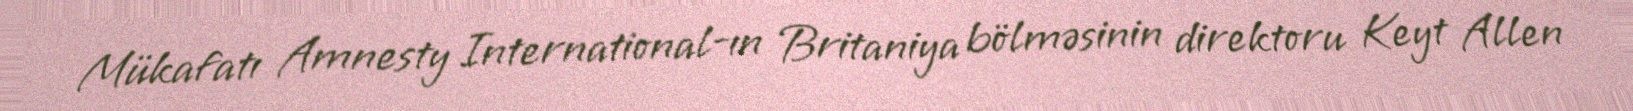
Mükafatı Amnesty International-ın Britaniya bölməsinin direktoru Keyt Allen